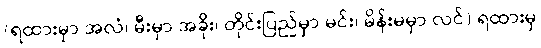
(ရထားမှာ အလံ၊ မီးမှာ အခိုး၊ တိုင်းပြည်မှာ မင်း၊ မိန်းမမှာ လင်) ရထားမှ